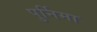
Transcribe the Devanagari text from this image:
पुर्निमा